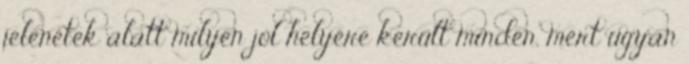
jelenetek alatt milyen jól helyére került minden, mert ugyan